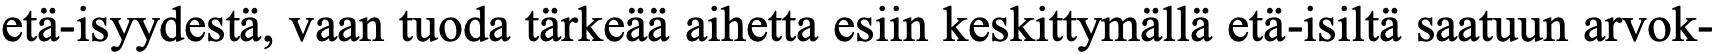
etä-isyydestä, vaan tuoda tärkeää aihetta esiin keskittymällä etä-isiltä saatuun arvok-